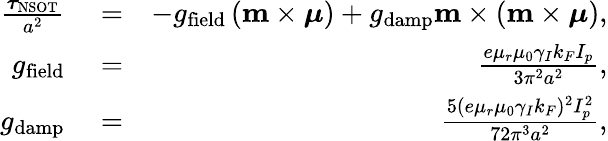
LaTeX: \begin{array}{rlr}{\frac{\boldsymbol\tau_{\mathrm{NSOT}}}{a^{2}}}&{{}=}&{-g_{\mathrm{field}}\left(\mathbf{m}\times\boldsymbol{\mu}\right)+g_{\mathrm{damp}}\mathbf{m}\times\left(\mathbf{m}\times\boldsymbol{\mu}\right),}\\ {g_{\mathrm{field}}}&{{}=}&{\frac{e\mu_{r}\mu_{0}\gamma_{I}k_{F}I_{p}}{3\pi^{2}a^{2}},}\\ {g_{\mathrm{damp}}}&{{}=}&{\frac{5(e\mu_{r}\mu_{0}\gamma_{I}k_{F})^{2}I_{p}^{2}}{72\pi^{3}a^{2}},}\end{array}